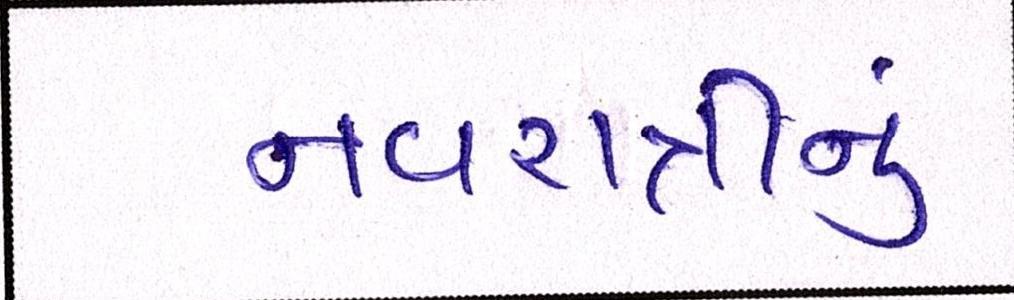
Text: નવરાત્રીનું